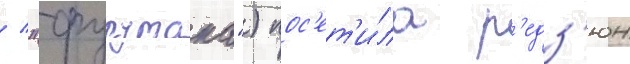
/ "фурутака") пос'ет'и́ла р'едз'юн